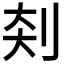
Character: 𪟃